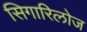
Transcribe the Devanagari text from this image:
सिगारिलोज